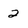
Character: 2